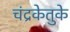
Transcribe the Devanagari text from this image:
चंद्रकेतुके